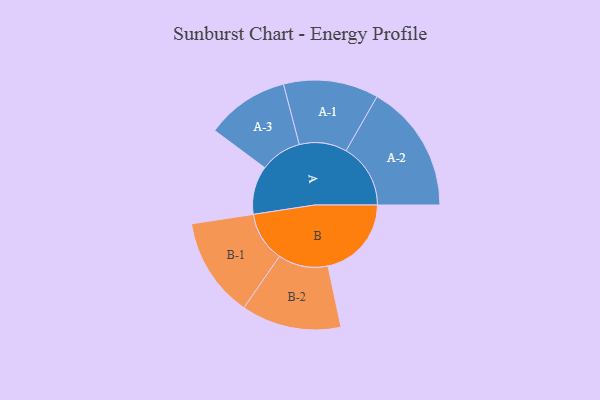
{"axis": {"x": "Segment", "y": "Value"}, "legend": ["", "A", "B"], "data": [{"x": "A", "y": 217, "type": ""}, {"x": "B", "y": 374, "type": ""}, {"x": "A-1", "y": 213, "type": "A"}, {"x": "A-2", "y": 289, "type": "A"}, {"x": "A-3", "y": 186, "type": "A"}, {"x": "B-1", "y": 224, "type": "B"}, {"x": "B-2", "y": 224, "type": "B"}]}